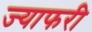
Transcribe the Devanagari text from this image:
ज्याफरी